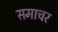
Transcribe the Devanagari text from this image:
समाचर